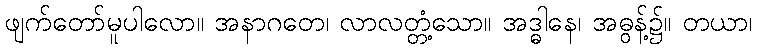
ဖျက်တော်မူပါလော။ အနာဂတေ၊ လာလတ္တံ့သော။ အဒ္ဓါနေ၊ အဓွန့်၌။ တယာ၊